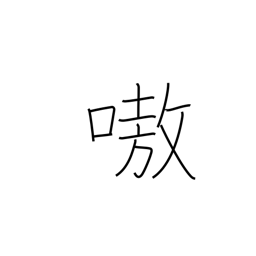
Meaning: noisy